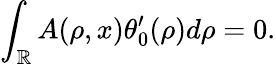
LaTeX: \int_{\mathbb{R}}A(\rho,x)\theta_{0}^{\prime}(\rho)d\rho=0.